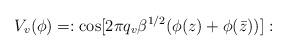
LaTeX: \begin{align*}V_v(\phi) = : {\rm cos} [ 2 \pi q_v \beta ^{1/2}(\phi(z) + \phi({\bar z}))]:\end{align*}